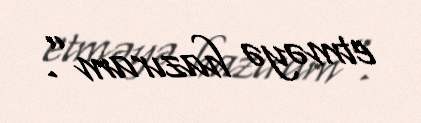
etməyə hazıram”.